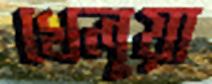
খেলুয়া